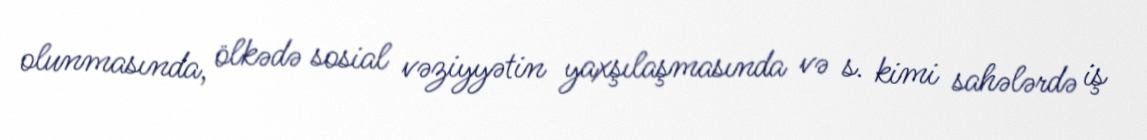
olunmasında, ölkədə sosial vəziyyətin yaxşılaşmasında və s. kimi sahələrdə iş